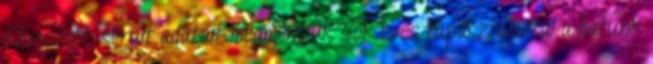
Elveszett, sérült adatait megmentjük Sok éves tapasztalattal a hátunk